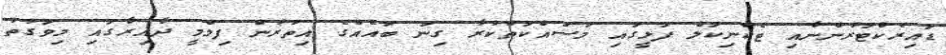
ޑައިރެކްޓަރުންނާއި ޓެކްނިކަލް ފަޅީގައި މަސައްކަތްކުރާ ގިނަ ބައެއްގެ އިތުރުން ފިލްމީ ދާއިރާގައި މިވަގުތު